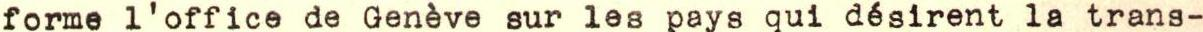
forme l'office de Genève sur les pays qui désirent la trans-